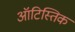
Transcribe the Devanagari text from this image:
ऑटिस्तिक